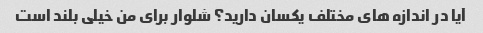
آیا در اندازه های مختلف یکسان دارید؟ شلوار برای من خیلی بلند است